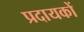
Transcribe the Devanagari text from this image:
प्रदायकों